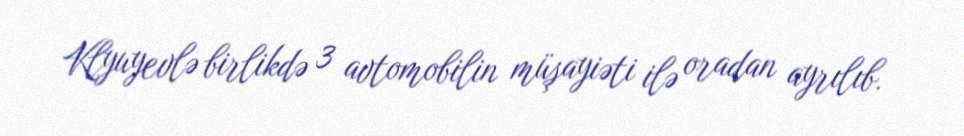
Klyuyevlə birlikdə 3 avtomobilin müşayiəti ilə oradan ayrılıb.